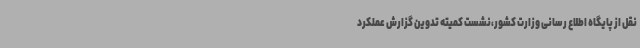
نقل از پایگاه اطلاع رسانی وزارت کشور،نشست کمیته تدوین گزارش عملکرد